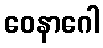
ဝေနာဂေါ